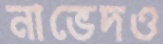
নাভেদও